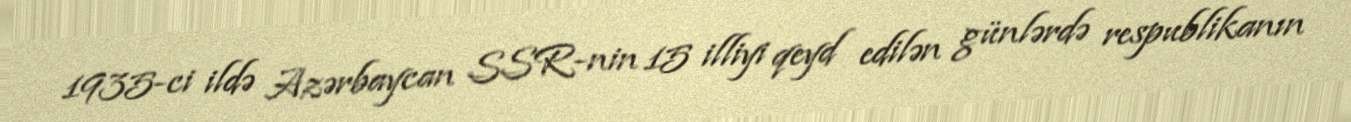
1935-ci ildə Azərbaycan SSR-nin 15 illiyi qeyd edilən günlərdə respublikanın